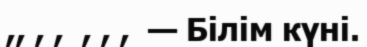
,, , ,  , , ,  — Білім күні.